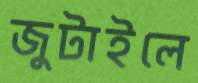
জুটাইলে